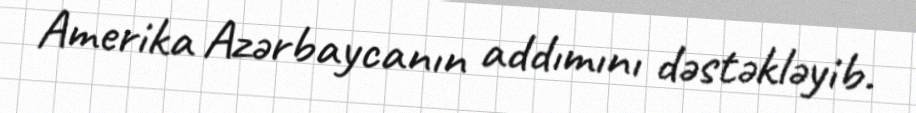
Amerika Azərbaycanın addımını dəstəkləyib.